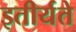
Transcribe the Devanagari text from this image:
इतीर्यते